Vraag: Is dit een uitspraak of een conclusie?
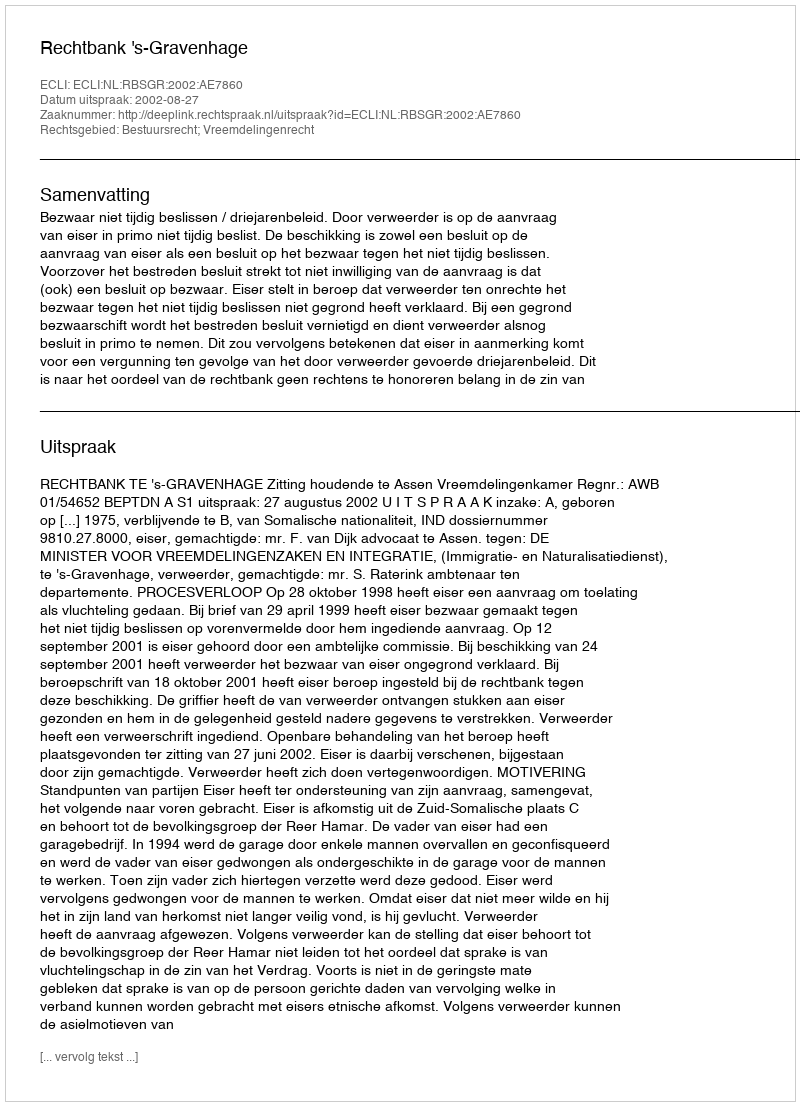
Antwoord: Uitspraak